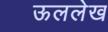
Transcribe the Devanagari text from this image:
ऊललेख